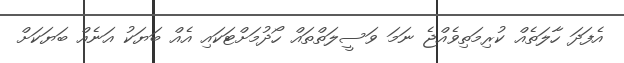
އެފަދަ ހާލަތެއް ކުރިމަތިވެއްޖެ ނަމަ ވަސީލަތްތައް ހޯދުމަށްޓަކައި އެއް ބަޔަކު އަނެއް ބަޔަކަށް